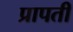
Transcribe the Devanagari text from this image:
प्रापती